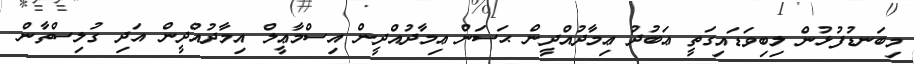
މިބަނޑުފުޅުން ލިބިވަޑައިގަތީ ޢަބުދު ޢިމާދުއްދީން ޙަސަން ޢިމާދުއްދީން އިސްމާޢީލް އިމާދުއްދީން އަދި ގުލިސްތާން